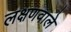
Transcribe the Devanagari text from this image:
लक्षणवाले